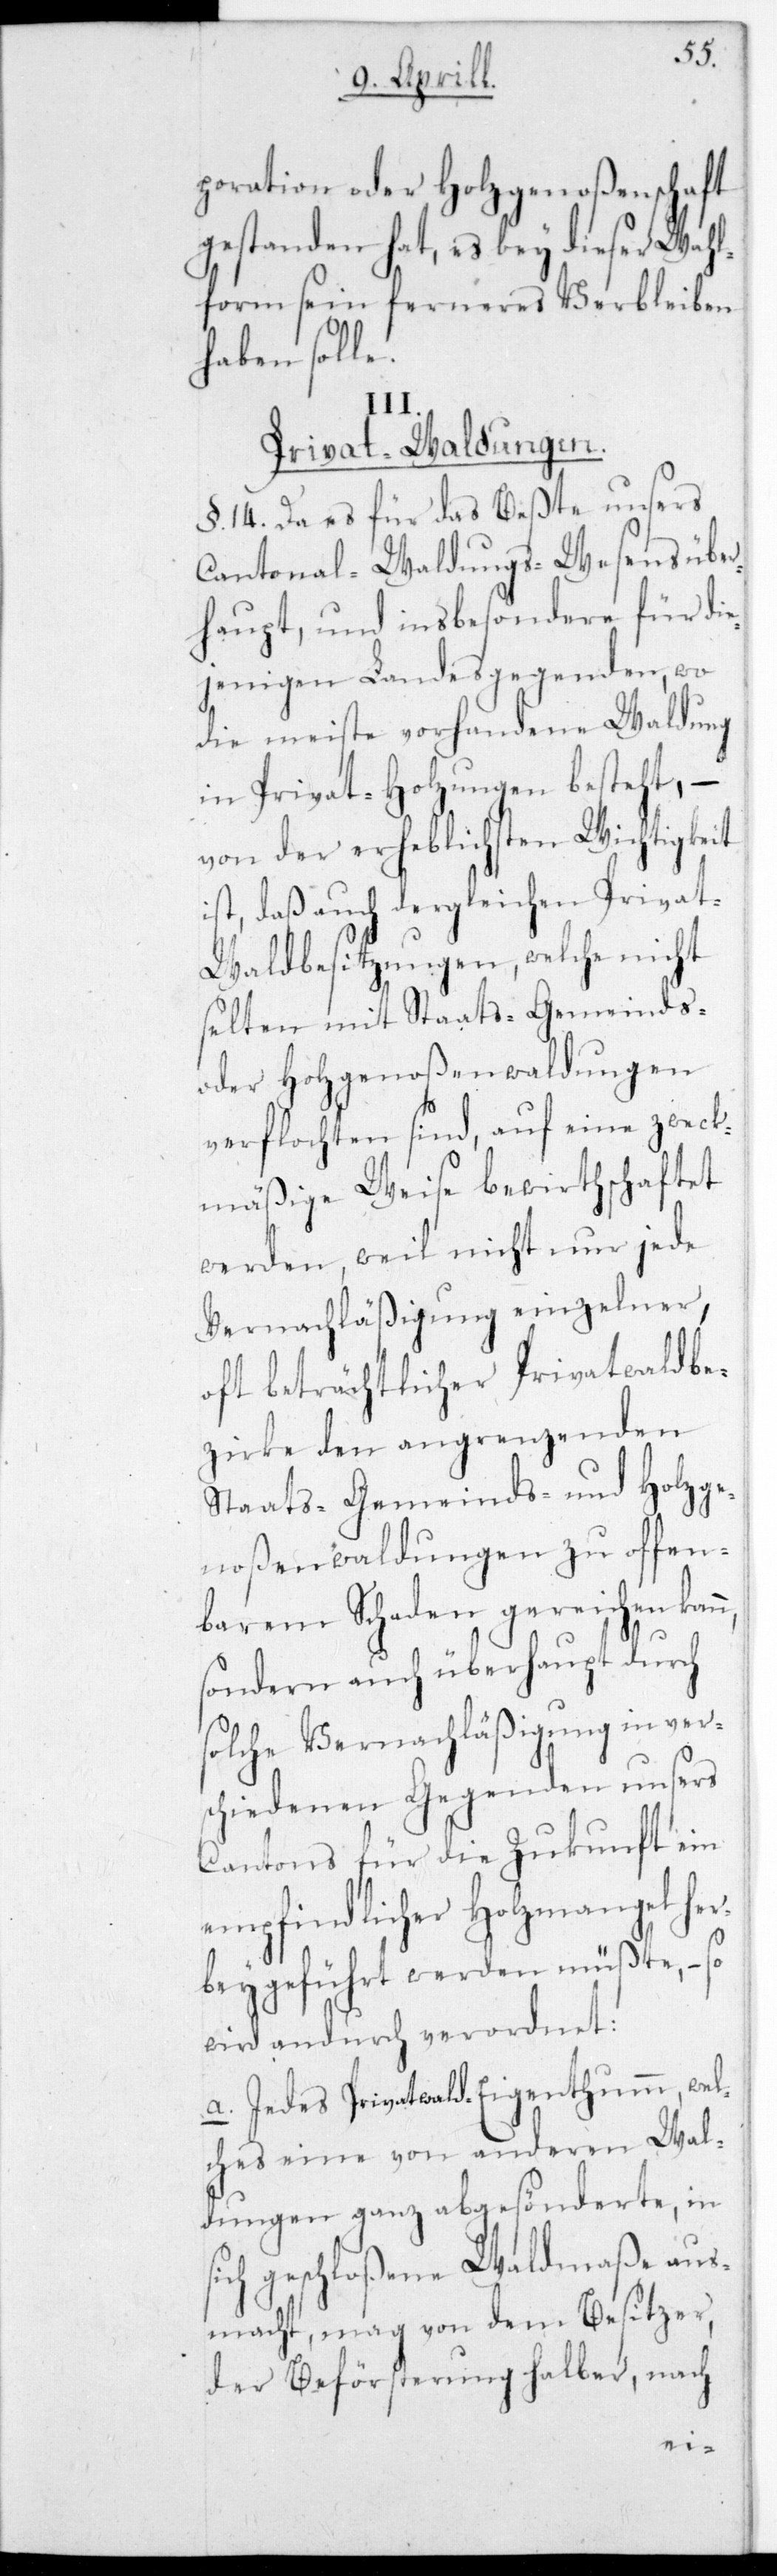
poration oder Holzgenoßenschaft
gestanden hat, es bey dieser Wah¬
lform sein ferneres Verbleiben
haben solle.
III.
Privat-Waldungen.
§. 14. Da es für das Beßte unsers
Cantonal-Waldungs-Wesens über¬
haupt, und insbesondere für d¬
jenigen Landesgegenden, wo
die meiste vorhandene Waldung
in Privat-Holzungen besteht,
von der erheblichsten Wichtigkeit
ist, daß auch dergleichen Priva¬
t-Waldbesitzungen, welche nicht
selten mit Staats-[,] Gemeinds-
oder Holzgenoßenwaldungen
verflochten sind, auf eine zweck¬
mäßige Weise bewirthschaftet
werden, weil nicht nur jede
Vernachläßigung einzelner,
oft beträchtlicher Privatwaldbe¬
zirke den angrenzenden
Staats-[,] Gemeinds- und Holz¬
noßenwaldungen zu offen¬
barem Schaden gereichen kan¬
sondern auch überhaupt durch
solche Vernachläßigung in ver¬
schiedenen Gegenden unsers
Cantons für die Zukunft ein
empfindlicher Holzmangel her¬
beygeführt werden müßte, – so
wird andurch verordnet:
a. Jedes Privatwald-Eigenthum, wel¬
ches eine von anderen Wal¬
dungen ganz abgesönderte, in
sich geschloßene Waldmaaße aus¬
macht, mag von dem Besitzer,
der Beförsterung halber, nach
n,